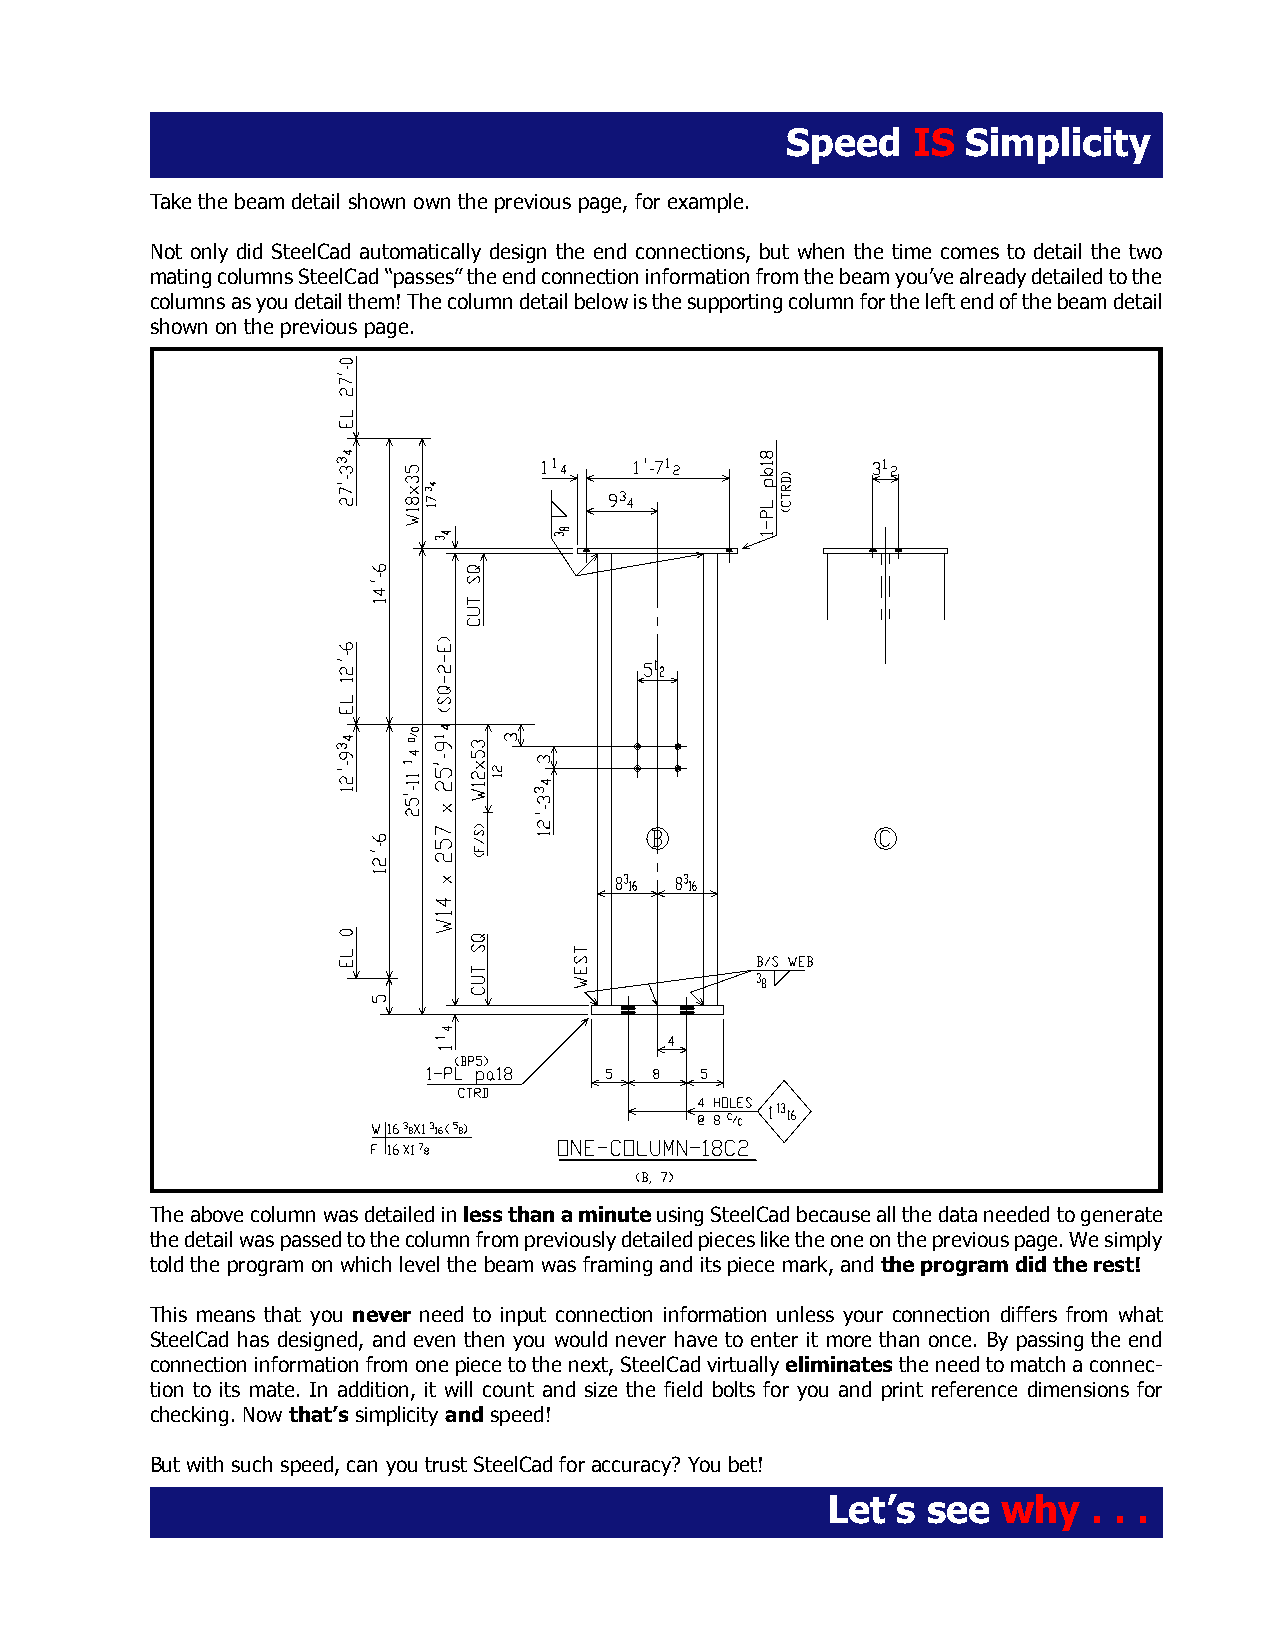
Speed   IS  Simplicity
 Take the beam detail shown own the previous page, for example.
 Not only did SteelCad automatically design the end connections, but when the time comes to detail the two
 mating columns SteelCad “passes” the end connection information from the beam you’ve already detailed to the
 columns as you detail them! The column detail below is the supporting column for the left end of the beam detail
 shown on the previous page.
 The above column was detailed in less than a minute using SteelCad because all the data needed to generate
 the detail was passed to the column from previously detailed pieces like the one on the previous page. We simply
 told the program on which level the beam was framing and its piece mark, and the program did the rest!
 This means that you never need to input connection information unless your connection differs from what
 SteelCad has designed, and even then you would never have to enter it more than once. By passing the end
 connection information from one piece to the next, SteelCad virtually eliminates the need to match a connec-
 tion to its mate. In addition, it will count and size the field bolts for you and print reference dimensions for
 checking. Now that’s simplicity and speed!
 But with such speed, can you trust SteelCad for accuracy? You bet!
 Let’s see  why   . . .